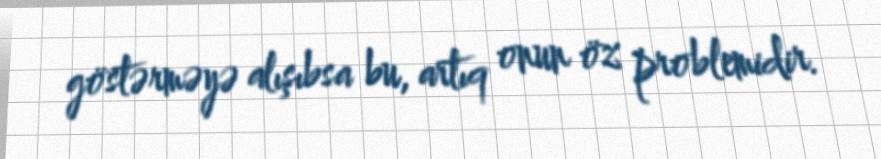
göstərməyə alışıbsa bu, artıq onun öz problemidir.